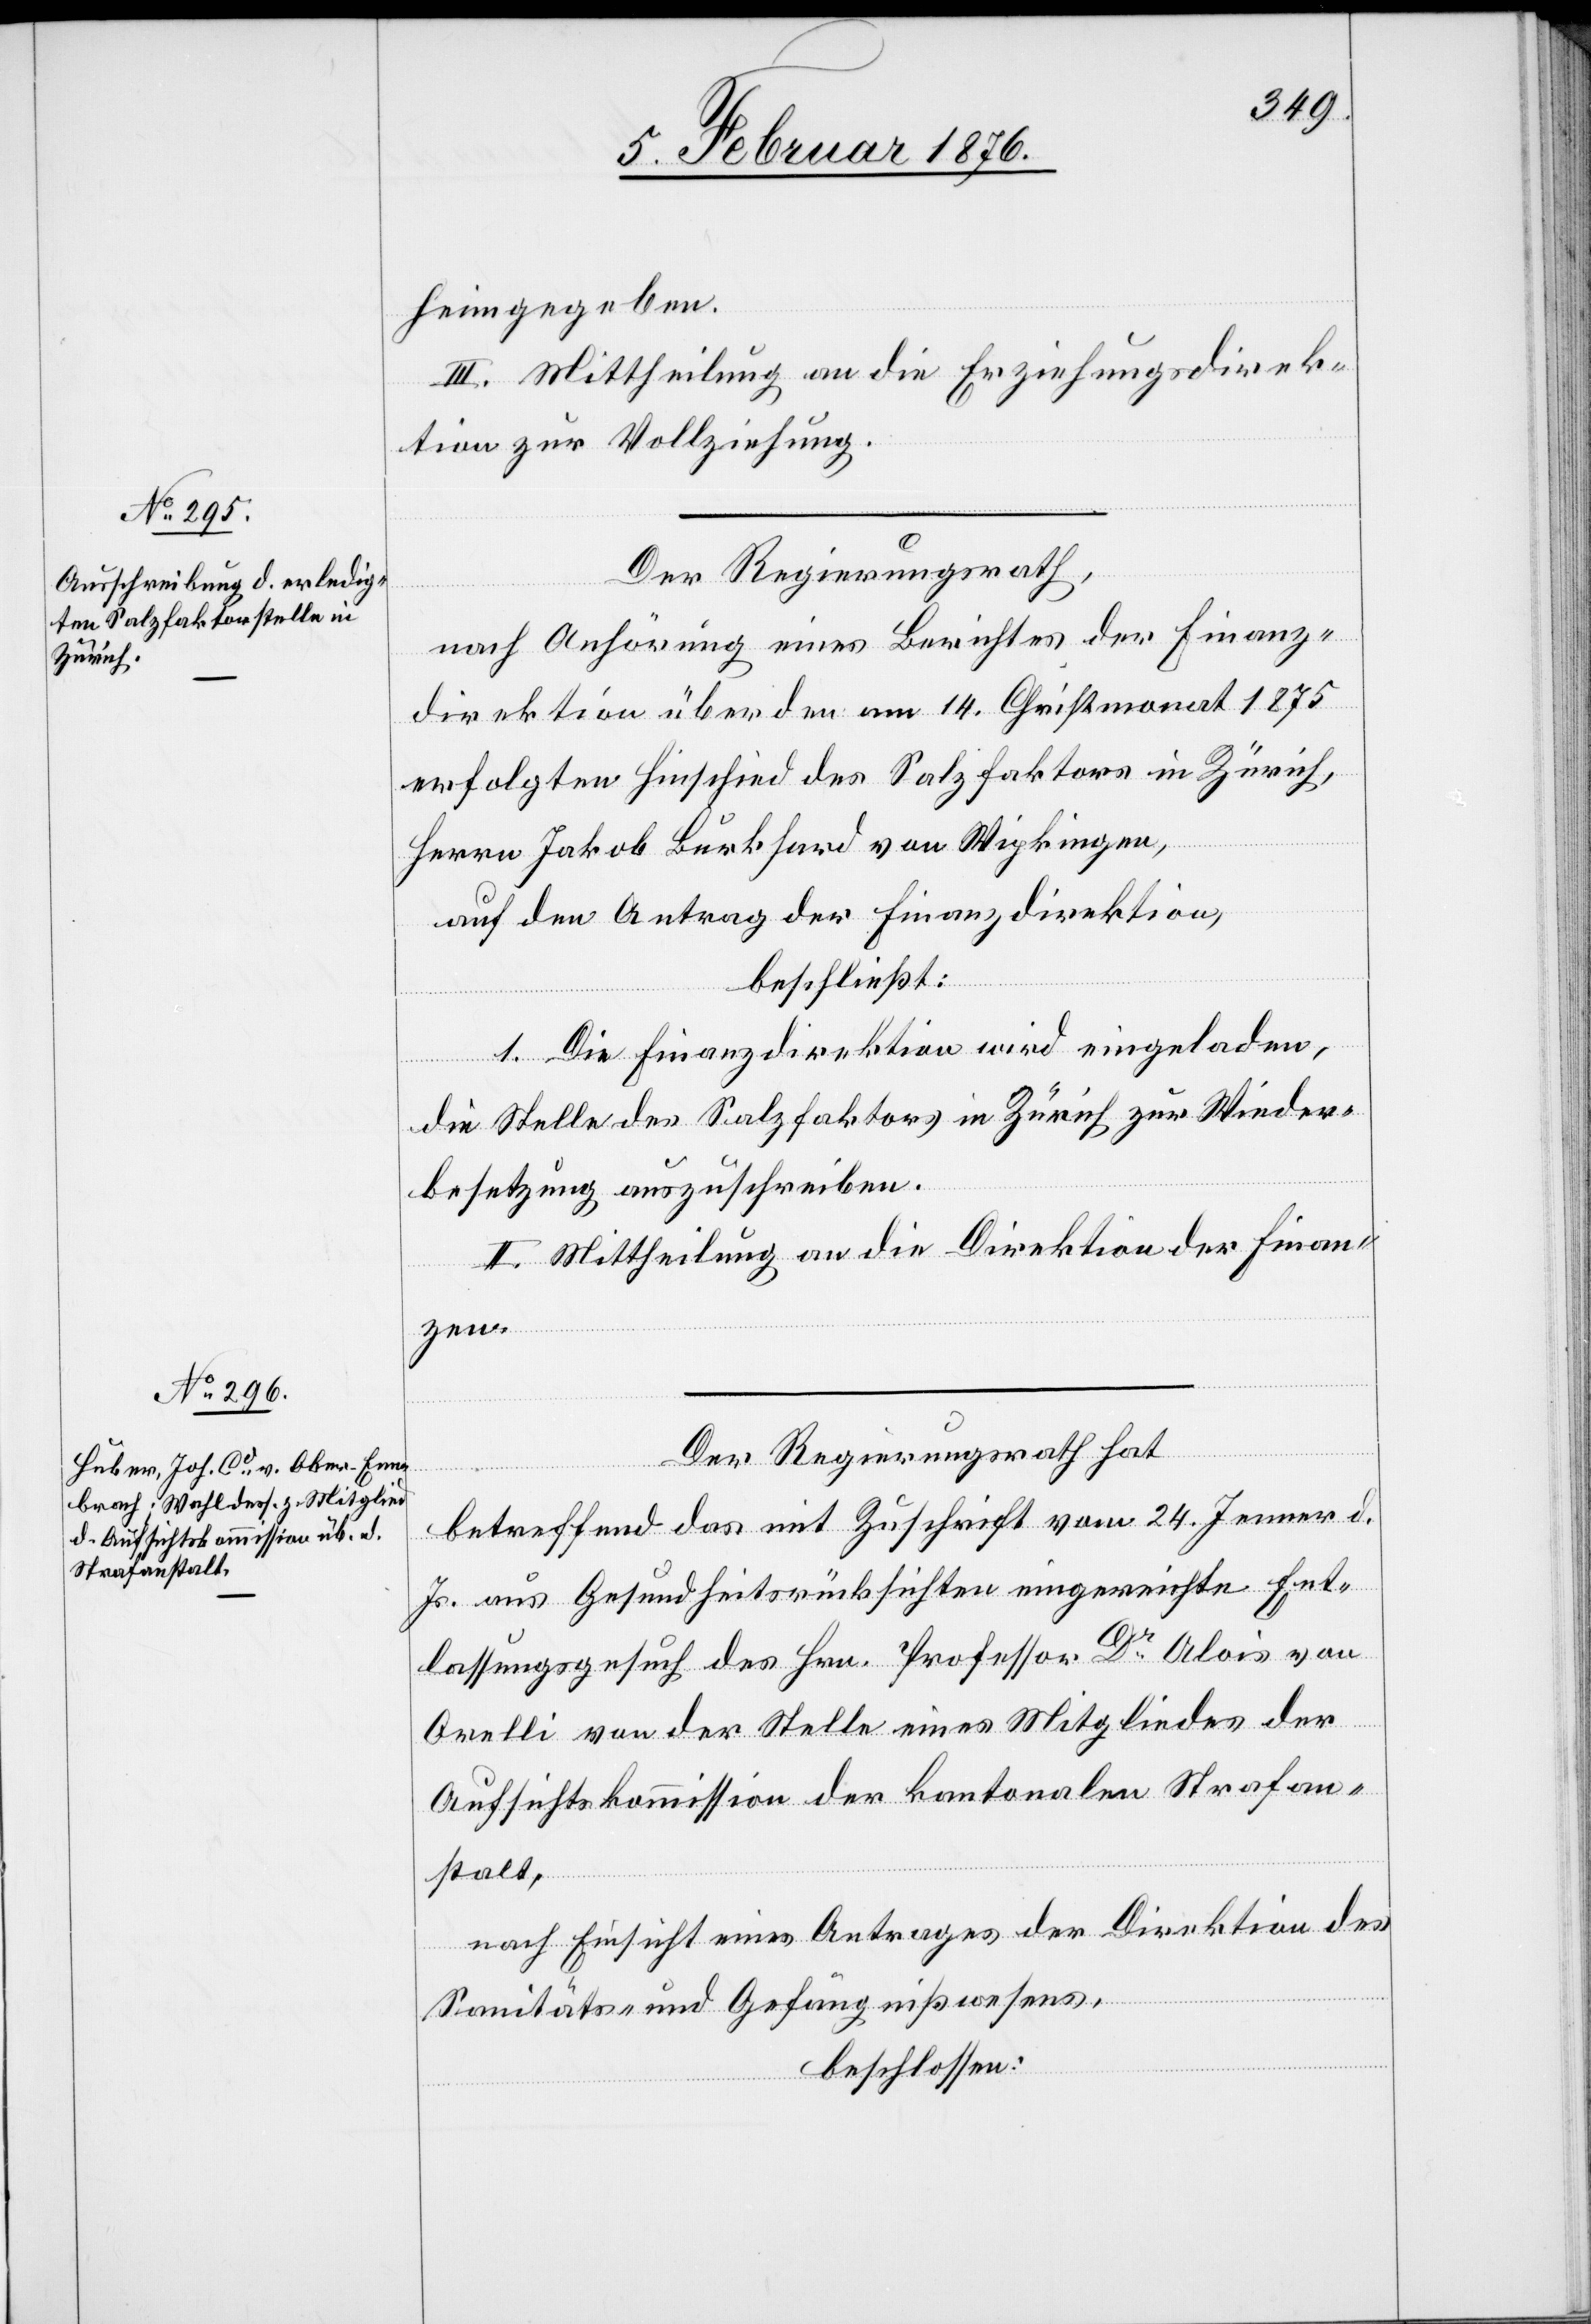
III. Mittheilung an die Erziehungsdirek¬
tion zur Vollziehung.
Der Regierungsrath,
nach Anhörung eines Berichtes der Finanz¬
direktion über den am 14. Christmonat 1875
erfolgten Hinschied des Salzfaktors in Zürich,
Herrn Jakob Burkhard von Wipkingen,
auf den Antrag der Finanzdirektion
beschließt:
1. Die Finanzdirektion wird eingeladen,
die Stelle des Salzfaktors in Zürich zur Wieder¬
besetzung auszuschreiben.
2. Mittheilung an die Direktion der Finan¬
zen.
Der Regierungsrath hat
heimzugeben.
betreffend das mit Zuschrift vom 24. Jenner d.
Js. aus Gesundheitsrücksichten eingereichte Ent¬
lassungsgesuch des Hrn. Professor Dr Alois von
Orelli von der Stelle eines Mitgliedes der
Aufsichtskommission der kantonalen Strafan¬
stalt,
nach Einsicht eines Antrages der Direktion des
Sanitäts- und Gefängniswesens,
beschlossen: